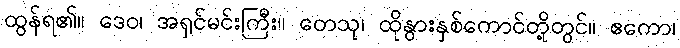
ထွန်ရ၏။ ဒေဝ၊ အရှင်မင်းကြီး။ တေသု၊ ထိုနွားနှစ်ကောင်တို့တွင်။ ဧကော၊